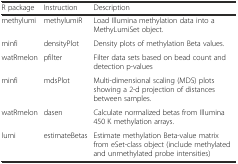
| R package | Instruction | Description |
 | --- | --- | --- |
 | methylumi | methylumiR | Load Illumina methylation data into a MethyLumiSet object. |
 | minfi | densityPlot | Density plots of methylation Beta values. |
 | watRmelon | pfilter | Filter data sets based on bead count and detection p-values |
 | minfi | mdsPlot | Multi-dimensional scaling (MDS) plots showing a 2-d projection of distances between samples. |
 | watRmelon | dasen | Calculate normalized betas from Illumina 450 K methylation arrays. |
 | lumi | estimateBetas | Estimate methylation Beta-value matrix from eSet-class object (include methylated and unmethylated probe intensities) |